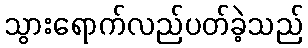
သွားရောက်လည်ပတ်ခဲ့သည်